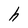
Character: h